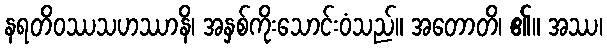
နရတိဝဿသဟဿာနိ၊ အနှစ်ကိုးသောင်းဝံသည်။ အတောတိ၊ ၏။ အဿ၊